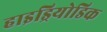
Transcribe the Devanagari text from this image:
हाइड्रियोडिक